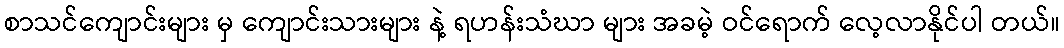
စာသင်ကျောင်းများ မှ ကျောင်းသားများ နဲ့ ရဟန်းသံဃာ များ အခမဲ့ ဝင်ရောက် လေ့လာနိုင်ပါ တယ်။